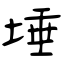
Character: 埵